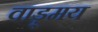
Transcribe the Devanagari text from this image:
वाड़्मय